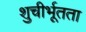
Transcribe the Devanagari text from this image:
शुचीर्भूतता